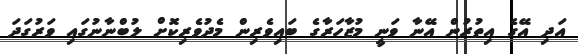
އަދި އޭގެ އިތުރުން އޭނާ ވަނީ މުޒާހަރާގެ ބައިވެރިން މެދުވެރިކޮށް ލުބްނާނުގައި ވަރުގަދަ